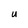
Character: U